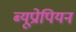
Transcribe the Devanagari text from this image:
ब्यूप्रोपियन